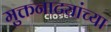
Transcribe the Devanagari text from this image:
मुक्तनाट्यांच्या